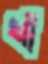
ধাঁ